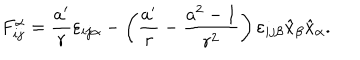
LaTeX: F _ { i j } ^ { \alpha } = \frac { a ^ { \prime } } { r } \varepsilon _ { i j \alpha } - \left( \frac { a ^ { \prime } } { r } - \frac { a ^ { 2 } - 1 } { r ^ { 2 } } \right) \varepsilon _ { i j \beta } \hat { x } _ { \beta } \hat { x } _ { \alpha } .